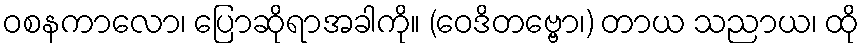
ဝစနကာလော၊ ပြောဆိုရာအခါကို။ (ဝေဒိတဗ္ဗော၊) တာယ သညာယ၊ ထို